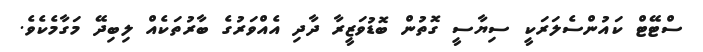
ސްޓޭޓް ކައުންސެލަރަކީ ސިޔާސީ ގޮތުން ބޮޑުވަޒީރާ ދާދި އެއްވަރުގެ ބާރުތަކެއް ލިބިދޭ މަގާމެކެވެ.